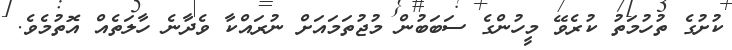
ކުށުގެ ތުހުމަތު ކުރެވޭ މީހުންގެ ސަބަބުން މުޖުތަމައަށް ނުރައްކާ ވެދާނެ ހާލަތެއް އޮތުމެވެ.